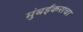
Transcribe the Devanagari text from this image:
मुंबईकराचा